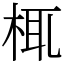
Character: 㭯